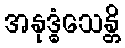
အနုဒ္ဓံသေန္တိ